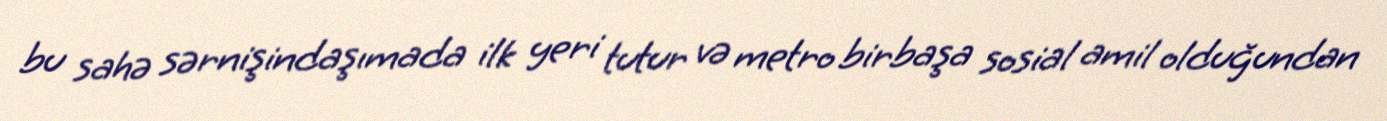
bu sahə sərnişindaşımada ilk yeri tutur və metro birbaşa sosial amil olduğundan